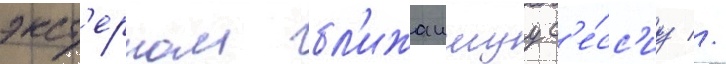
экст'ерном бл'ижаишуу с'е́сс'иу //